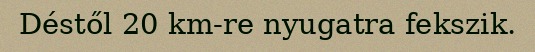
Déstől 20 km-re nyugatra fekszik.